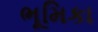
ભૂમિકા